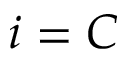
i = C